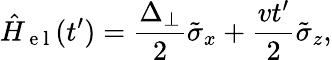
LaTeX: \hat{H}_{\mathrm{~e~l~}}(t^{\prime})=\frac{\Delta_{\perp}}{2}\tilde{\sigma}_{x}+\frac{vt^{\prime}}{2}\tilde{\sigma}_{z},